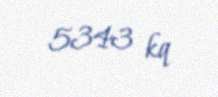
5343 kq